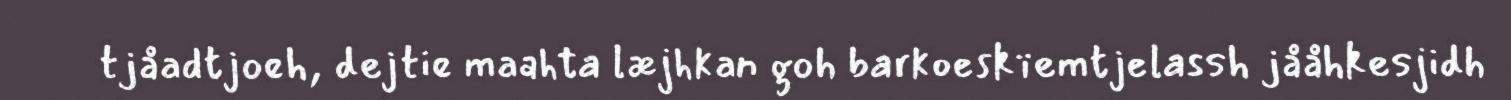
tjåadtjoeh, dejtie maahta læjhkan goh barkoeskïemtjelassh jååhkesjidh